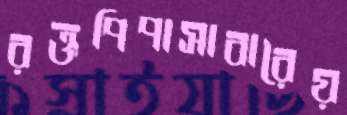
রক্তপিপাসাবারৈয়